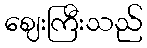
ဈေးကြီးသည်